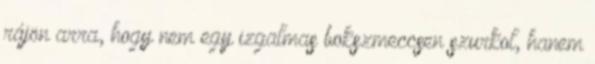
rájön arra, hogy nem egy izgalmas bokszmeccsen szurkol, hanem